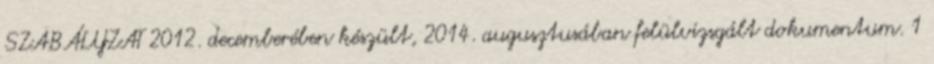
SZABÁLYZAT 2012. decemberében készült, 2014. augusztusában felülvizsgált dokumentum. 1